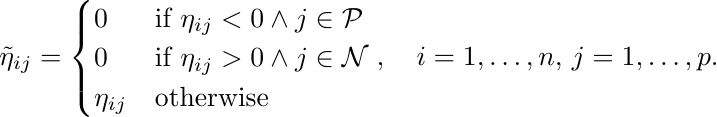
\begin{equation*}
\tilde{\eta}_{ij}=
\begin{cases}
0 & \text{if }\eta_{ij}<0\land j\in\mathcal{P} \\
0 & \text{if }\eta_{ij}>0\land j\in\mathcal{N} \\
\eta_{ij} & \text{otherwise}
\end{cases},\quad i=1,\ldots,n,\,j=1,\ldots,p.
\end{equation*}